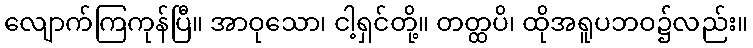
လျောက်ကြကုန်ပြီ။ အာဝုသော၊ ငါ့ရှင်တို့။ တတ္ထပိ၊ ထိုအရူပဘဝ၌လည်း။